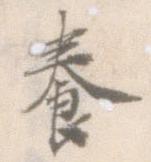
養